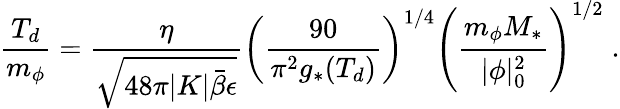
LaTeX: \frac{T_{d}}{m_{\phi}}=\frac{\eta}{\sqrt{48\pi|K|\bar{\beta}\epsilon}}\left(\frac{90}{\pi^{2}g_{*}(T_{d})}\right)^{1/4}\left(\frac{m_{\phi}M_{*}}{|\phi|_{0}^{2}}\right)^{1/2}\; .